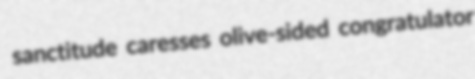
sanctitude caresses olive-sided congratulator